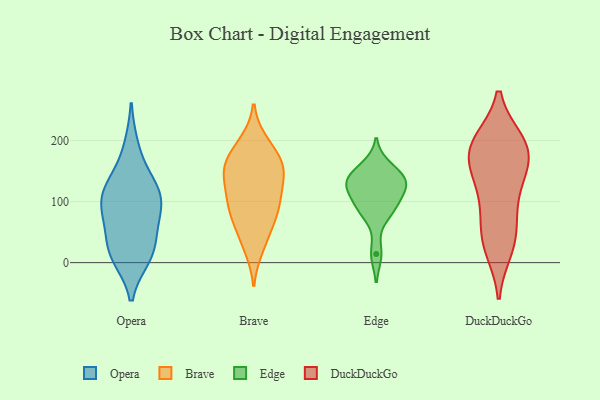
{"axis": {"x": "Website Visitors", "y": "Value"}, "legend": ["Brave", "DuckDuckGo", "Edge", "Opera"], "data": [{"x": "", "y": 21, "type": "Opera"}, {"x": "", "y": 10, "type": "Opera"}, {"x": "", "y": 110, "type": "Opera"}, {"x": "", "y": 87, "type": "Opera"}, {"x": "", "y": 12, "type": "Opera"}, {"x": "", "y": 31, "type": "Opera"}, {"x": "", "y": 189, "type": "Opera"}, {"x": "", "y": 127, "type": "Opera"}, {"x": "", "y": 110, "type": "Opera"}, {"x": "", "y": 72, "type": "Opera"}, {"x": "", "y": 82, "type": "Opera"}, {"x": "", "y": 133, "type": "Opera"}, {"x": "", "y": 65, "type": "Brave"}, {"x": "", "y": 81, "type": "Brave"}, {"x": "", "y": 151, "type": "Brave"}, {"x": "", "y": 135, "type": "Brave"}, {"x": "", "y": 107, "type": "Brave"}, {"x": "", "y": 68, "type": "Brave"}, {"x": "", "y": 114, "type": "Brave"}, {"x": "", "y": 157, "type": "Brave"}, {"x": "", "y": 168, "type": "Brave"}, {"x": "", "y": 97, "type": "Brave"}, {"x": "", "y": 153, "type": "Brave"}, {"x": "", "y": 24, "type": "Brave"}, {"x": "", "y": 146, "type": "Brave"}, {"x": "", "y": 33, "type": "Brave"}, {"x": "", "y": 195, "type": "Brave"}, {"x": "", "y": 197, "type": "Brave"}, {"x": "", "y": 168, "type": "Brave"}, {"x": "", "y": 94, "type": "Brave"}, {"x": "", "y": 88, "type": "Edge"}, {"x": "", "y": 81, "type": "Edge"}, {"x": "", "y": 130, "type": "Edge"}, {"x": "", "y": 143, "type": "Edge"}, {"x": "", "y": 122, "type": "Edge"}, {"x": "", "y": 134, "type": "Edge"}, {"x": "", "y": 128, "type": "Edge"}, {"x": "", "y": 14, "type": "Edge"}, {"x": "", "y": 98, "type": "Edge"}, {"x": "", "y": 158, "type": "Edge"}, {"x": "", "y": 142, "type": "DuckDuckGo"}, {"x": "", "y": 119, "type": "DuckDuckGo"}, {"x": "", "y": 194, "type": "DuckDuckGo"}, {"x": "", "y": 95, "type": "DuckDuckGo"}, {"x": "", "y": 163, "type": "DuckDuckGo"}, {"x": "", "y": 39, "type": "DuckDuckGo"}, {"x": "", "y": 196, "type": "DuckDuckGo"}, {"x": "", "y": 196, "type": "DuckDuckGo"}, {"x": "", "y": 23, "type": "DuckDuckGo"}, {"x": "", "y": 160, "type": "DuckDuckGo"}, {"x": "", "y": 32, "type": "DuckDuckGo"}, {"x": "", "y": 69, "type": "DuckDuckGo"}, {"x": "", "y": 176, "type": "DuckDuckGo"}, {"x": "", "y": 198, "type": "DuckDuckGo"}]}